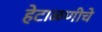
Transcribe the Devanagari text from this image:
हेटाळणीचे